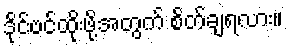
ဒိုင်ဗင်ထိုးဖို့အတွက် စိတ်ချရလား။